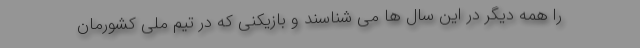
را همه دیگر در این سال ها می شناسند و بازیکنی که در تیم ملی کشورمان